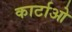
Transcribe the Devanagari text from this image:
कार्टाओ